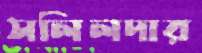
সলিলদার